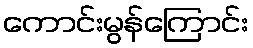
ကောင်းမွန်ကြောင်း